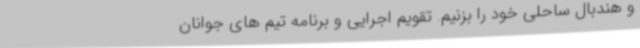
و هندبال ساحلی خود را بزنیم. تقویم اجرایی و برنامه‌ تیم های جوانان